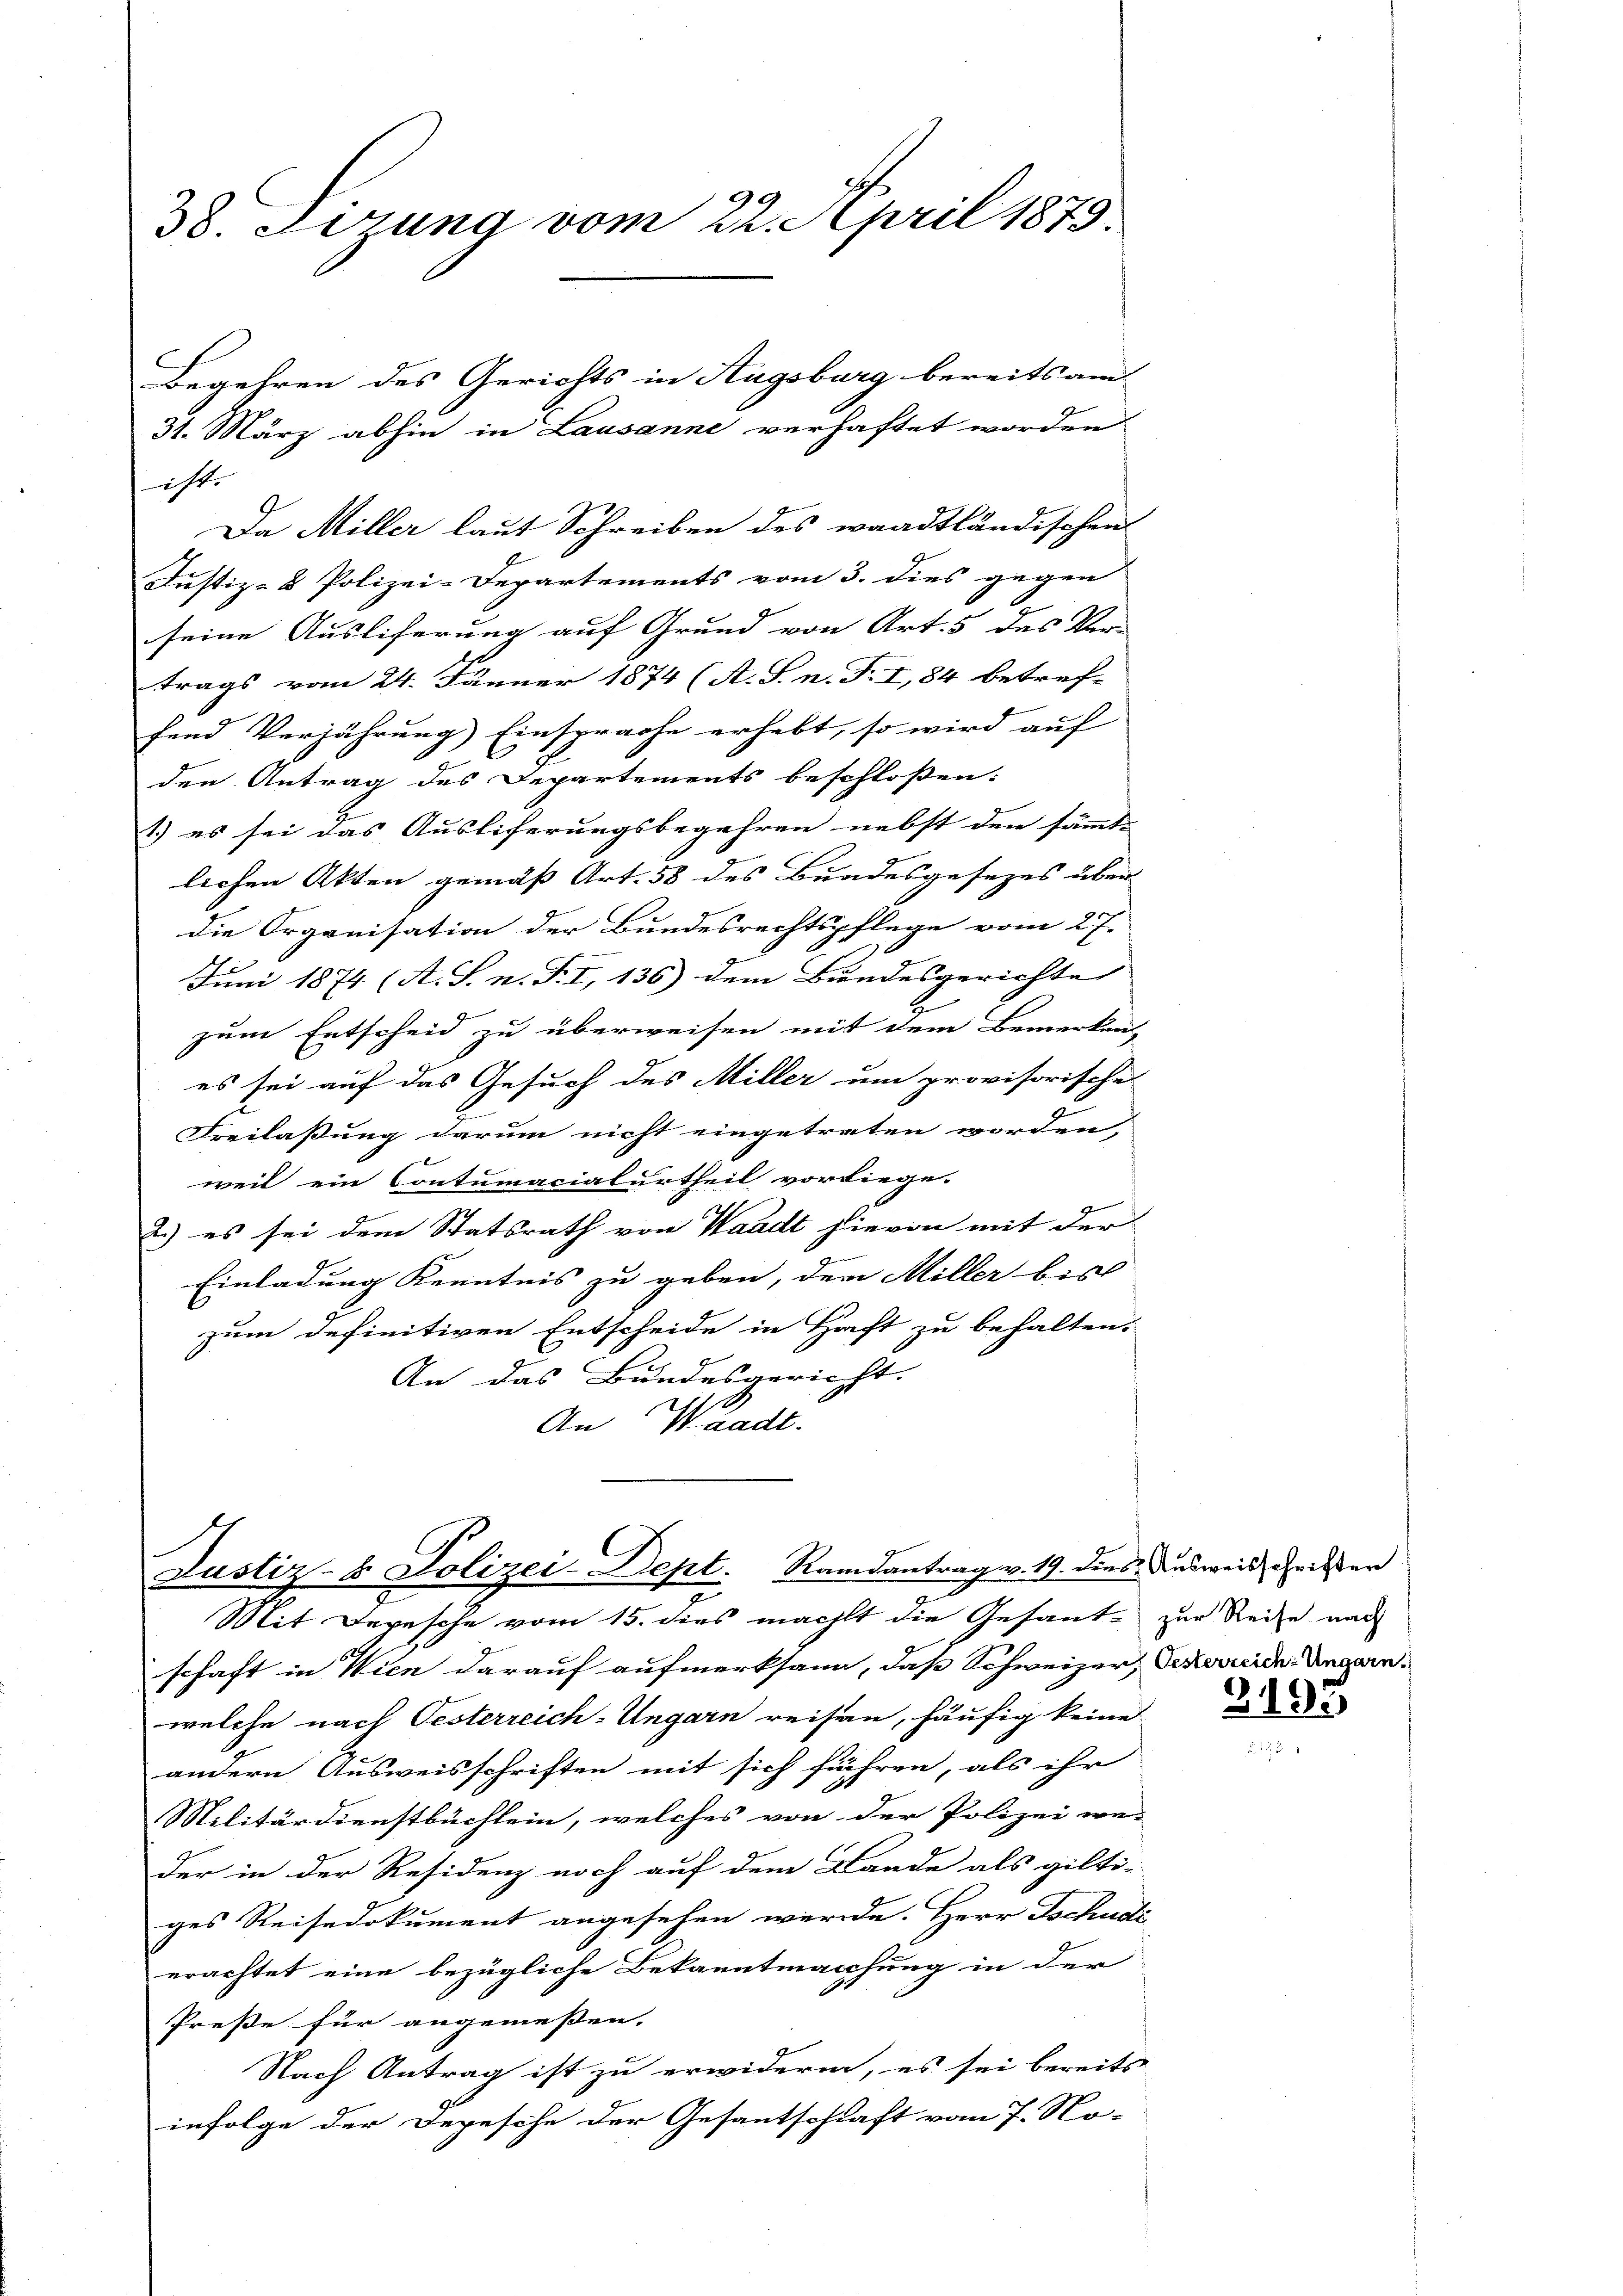
iht.
Da Miller laut Schreiben des waadtländischen
Justiz- & Polizei-Departements vom 3. dies gegen
seine Ausliferung auf Grund von Art. 5 des Ver-
trags vom 24. Jänner 1874 (A. S. n. F. I, 84 betref-
fend Verjährung) Einsprache erhebt, so wird auf
den Antrag des Departements beschloßen:
1.) es sei das Ausliferungsbegehren nebst den sämmte |
lichen Akten gemäß Art. 58 des Bundesgesezes über
die Organisation der Bundesrechtspflege vom 27.
Juni 1874 (A. S. n. F. I, 136) dem Bundesgerichte
6
zum Entscheid zu überweisen mit dem Bemerkens
es sei auf das Gesuch des Miller um provisorische
Freilaßung darum nicht eingetreten worden,
weil ein Contumacialurtheil vorliege.
2.) es sei dem Statsrath von Waadt hievon mit der
Einladung Kenntnis zu geben, den Miller bis
zum definitiven Entscheide in Haft zu behalten.
An das Bundesgericht.
An Waadt.

38. Ferung vom 22. April 1875.

Begehren des Gerichts in Hugsburg bereits am
31. März abhin in Lausanne verhaftet worden

Justiz- & Polizei-Dept. Randantrag v. 19. dies ausweis geister
Mit Depesche vom 15. dies macht die Gesante zur Reise nach

schaft in Wien darauf aufmerksam, das Schweizer, Scheide Ungarn
welche nach Oesterreich-Ungarn reisen, häufig keine
andern Ausweisschriften mit sich führen, als ihr
Militärdienstbüchlein, welches von der Polizei we-
der in der Residenz noch auf dem Lande als gilti-
ges Reisedokument angesehen werde. Herr Tschudi
erachtet eine bezügliche Bekanntmachung in der
Preße für angemeßen.
Nach Antrag ist zu erwiderm, es sei bereits
infolge der Depesche der Gesantschaft vom 7. No-

3193